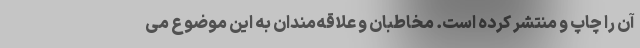
آن را چاپ و منتشر کرده است. مخاطبان و علاقه‌مندان به این موضوع می